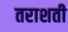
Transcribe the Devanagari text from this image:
तराशती